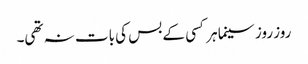
روز روز سینما ہر کسی کے بس کی بات نہ تھی۔